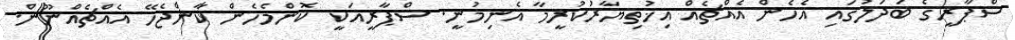
ސްޕާރީގެ ބަދަލުގައި އެހެން އެއްޗެއް އިޚުތިޔާރުކުރީމާ އެނިމުނީ. ސްޕާރީއަކީ ކޮންމެހެން ކާންޖެހޭ އެއްޗެއްނޫން.